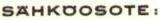
SÄHKÖOSOTE: